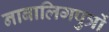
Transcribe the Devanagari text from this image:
नाबालिगपुत्रों